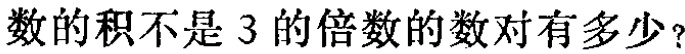
数的积不是 3 的倍数的数对有多少？